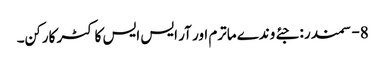
8- سمندر : جئے وندے ماترم اور آر ایس ایس کا کٹر کارکن۔